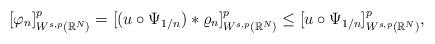
LaTeX: \begin{align*}[\varphi_n]^p_{W^{s,p}(\mathbb{R}^N)}=[(u\circ\Psi_{1/n})\ast\varrho_n]^p_{W^{s,p}(\mathbb{R}^N)}\le [u\circ\Psi_{1/n}]^p_{W^{s,p}(\mathbb{R}^N)},\end{align*}